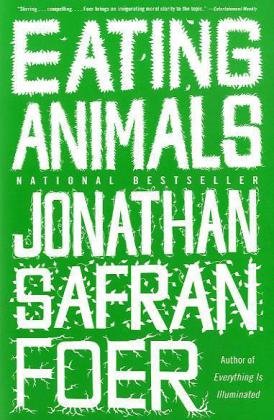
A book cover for Eating Animals; Jonathan Safran Foer; Cookbooks, Food & Wine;